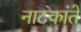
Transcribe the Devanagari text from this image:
नाटकांते